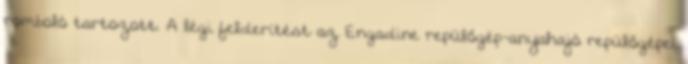
romboló tartozott. A légi felderítést az Engadine repülőgép-anyahajó repülőgépei